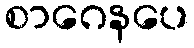
စာဂေနပေ